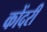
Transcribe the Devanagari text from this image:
कोंदरी